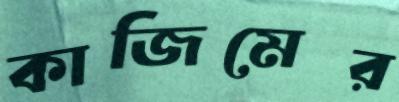
কাজিমের